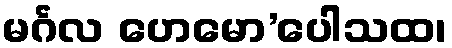
မင်္ဂလ ဟေမော’ပေါသထ၊